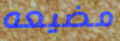
مضيعه